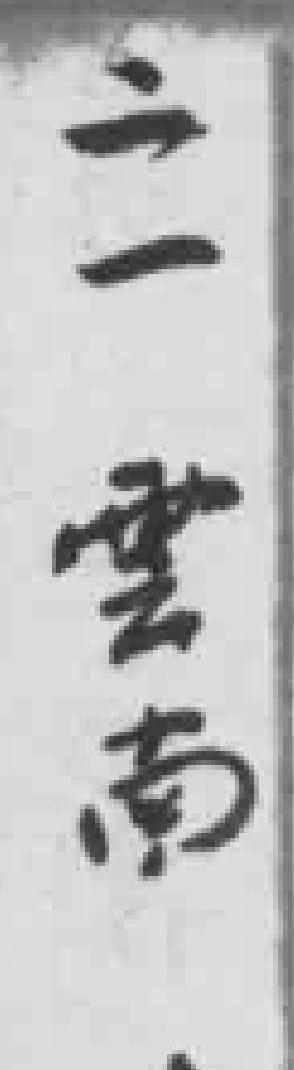
二一雲南